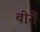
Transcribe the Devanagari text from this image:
बीरों